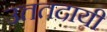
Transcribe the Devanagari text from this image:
उत्ततदायी